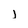
Character: j